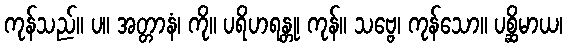
ကုန်သည်။ ပ။ အတ္တာနံ၊ ကို။ ပရိဟရန္တု၊ ကုန်။ သဗ္ဗေ၊ ကုန်သော။ ပစ္ဆိမာယ၊